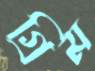
গ্রিম